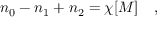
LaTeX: n _ { 0 } - n _ { 1 } + n _ { 2 } = \chi [ { \cal M } ] ~ ~ ~ ,